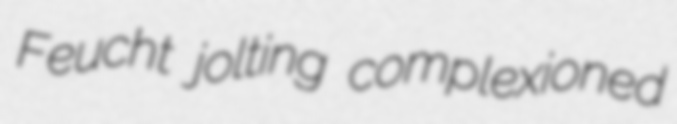
Feucht jolting complexioned